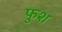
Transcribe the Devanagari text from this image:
फुश